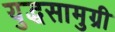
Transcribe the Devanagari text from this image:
युद्धसामुग्री